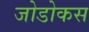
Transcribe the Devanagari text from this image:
जोडोकस